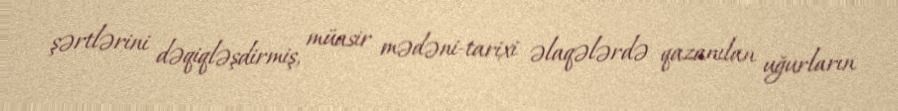
şərtlərini dəqiqləşdirmiş, müasir mədəni-tarixi əlaqələrdə qazanılan uğurların